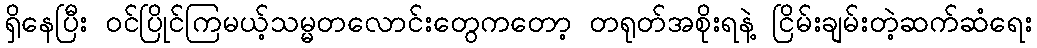
ရှိနေပြီး ဝင်ပြိုင်ကြမယ့်သမ္မတလောင်းတွေကတော့ တရုတ်အစိုးရနဲ့ ငြိမ်းချမ်းတဲ့ဆက်ဆံရေး